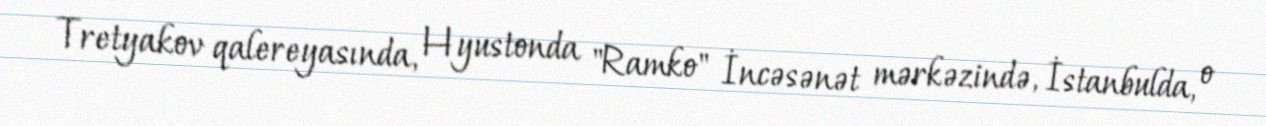
Tretyakov qalereyasında, Hyustonda "Ramko" İncəsənət mərkəzində, İstanbulda, o